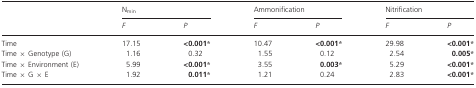
<table><thead><tr><td></td><td colspan="2"><b>N<sub>min</sub></b></td><td colspan="2"><b>Ammonification</b></td><td colspan="2"><b>Nitrification</b></td></tr><tr><td></td><td><b><i>F</i></b></td><td><b><i>P</i></b></td><td><b><i>F</i></b></td><td><b><i>P</i></b></td><td><b><i>F</i></b></td><td><b><i>P</i></b></td></tr></thead><tbody><tr><td>Time</td><td>17.15</td><td><b>&lt;0.001*</b></td><td>10.47</td><td><b>&lt;0.001*</b></td><td>29.98</td><td><b>&lt;0.001*</b></td></tr><tr><td>Time × Genotype (G)</td><td>1.16</td><td>0.32</td><td>1.55</td><td>0.12</td><td>2.54</td><td><b>0.005*</b></td></tr><tr><td>Time × Environment (E)</td><td>5.99</td><td><b>&lt;0.001*</b></td><td>3.55</td><td><b>0.003*</b></td><td>5.29</td><td><b>&lt;0.001*</b></td></tr><tr><td>Time × G × E</td><td>1.92</td><td><b>0.011*</b></td><td>1.21</td><td>0.24</td><td>2.83</td><td><b>&lt;0.001*</b></td></tr></tbody></table>